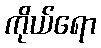
ကိုယ်ရော